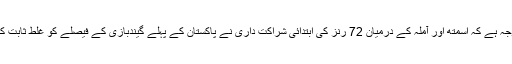
یہی وجہ ہے کہ اسمتھ اور آملہ کے درمیان 72 رنز کی ابتدائی شراکت داری نے پاکستان کے پہلے گیندبازی کے فیصلے کو غلط ثابت کر دیا۔